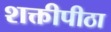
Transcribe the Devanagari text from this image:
शक्तीपीठा